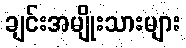
ချင်းအမျိုးသားများ